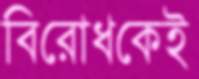
বিরোধকেই